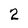
Character: 2